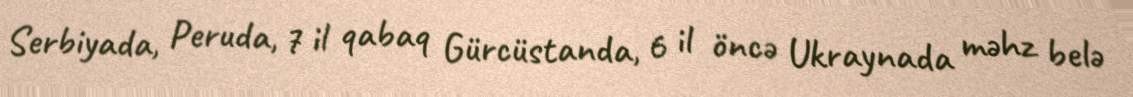
Serbiyada, Peruda, 7 il qabaq Gürcüstanda, 6 il öncə Ukraynada məhz belə